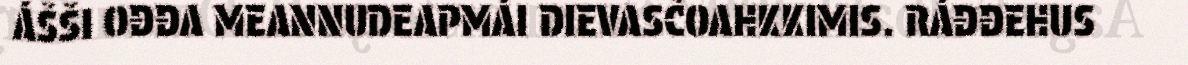
ÁŠŠI OĐĐA MEANNUDEAPMÁI DIEVASČOAHKKIMIS. RÁĐĐEHUS